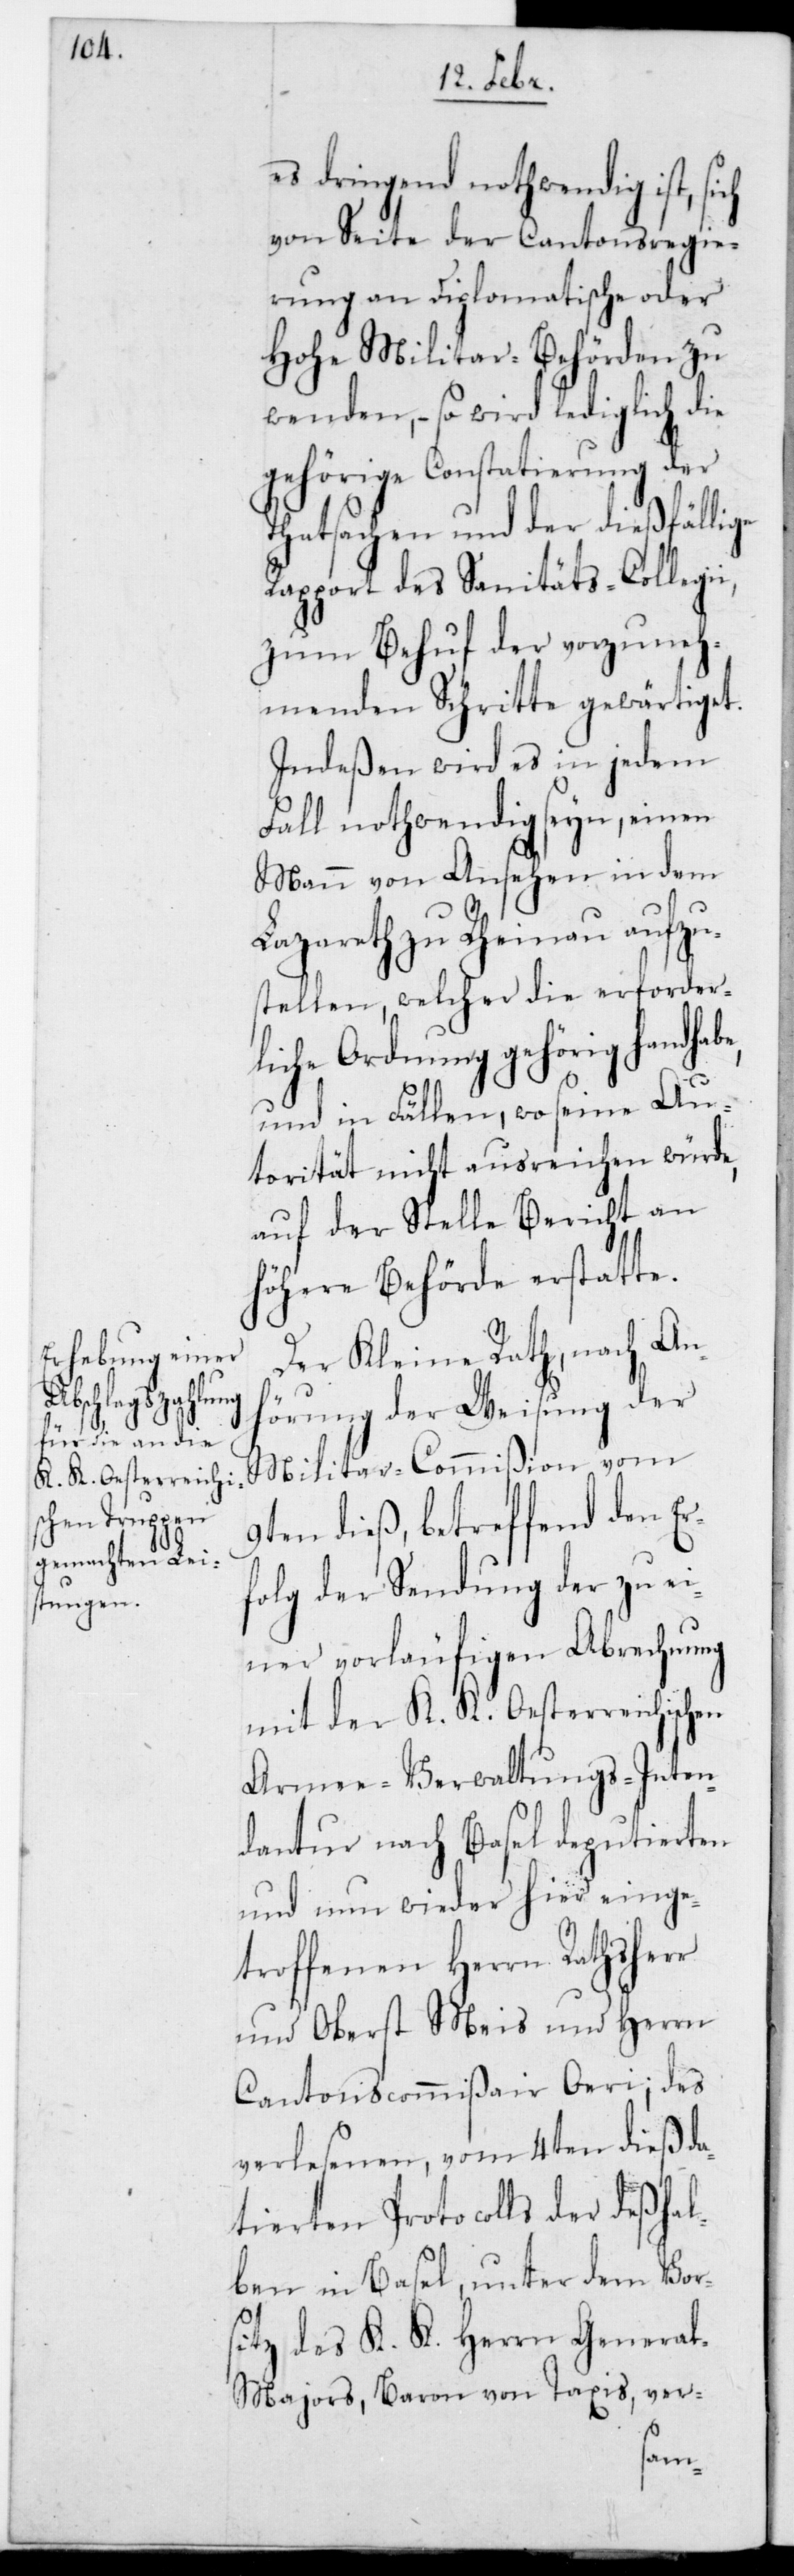
es dringend nothwendig ist, sich
von Seite der Cantonsregie¬
rung an Diplomatische oder
Hohe Militar-Behörden zu
wenden, – so wird lediglich die
gehörige Constatierung der
Tatsachen und der dießfällige
Rapport des Sanitäts-Collegi¬
zum Behuf der vorzuneh¬
menden Schritte gewärtiget.
Indeßen wird es in jedem
Fall nothwendig seyn, einen
Mann von Ansehen in dem
Lazareth zu Rheinau aufzu¬
stellen, welcher die erforder¬
liche Ordnung gehörig handhab¬
und in Fällen, wo seine Au¬
torität nicht ausreichen würde,
auf der Stelle Bericht an
höhere Behörde erstatte.
Der Kleine Rath, nach An¬
hörung der Weisung der
Militar-Commißion vom
9ten dieß, betreffend den Er¬
folg der Sendung der zu ei¬
ner vorläufigen Abrechnung
mit der K. K. Oesterreichischen
Armee-Verwaltungs-Inten¬
dantur nach Basel deputierten
und nun wieder hier einge¬
troffenen Herrn Rathsherr
und Oberst Meis und Herrn
Cantonscommißair Oeri; des
verlesenen, vom 4ten dieß da¬
tierten Protocolls der deshal¬
ben in Basel, unter dem Vors¬
itz des K. K. Herrn Genera¬
l-Majors, Baron von Taxis, ver-
e,